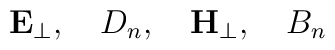
{\bf E}_\perp,\quad D_n,\quad {\bf H}_\perp,\quad B_n